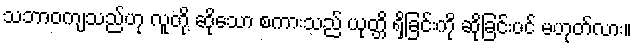
သဘာဝကျသည်ဟု လူတို့ ဆိုသော စကားသည် ယုတ္တိ ရှိခြင်းကို ဆိုခြင်းပင် မဟုတ်လား။